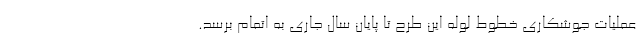
عملیات جوشکاری خطوط لوله این طرح تا پایان سال جاری به اتمام برسد.